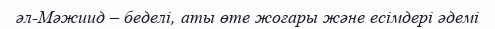
әл-Мәжиид – беделі, аты өте жоғары және есімдері әдемі